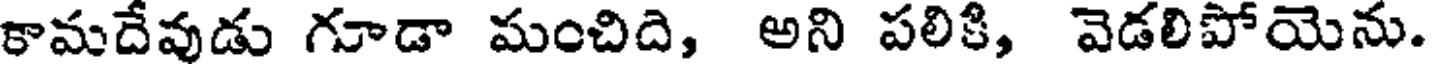
కామదేవుడు గూడా మంచిది, అని పలికి, వెడలిపోయెను.